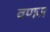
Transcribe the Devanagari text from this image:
वणज